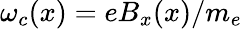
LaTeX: \omega_{c}(x)=eB_{x}(x)/m_{e}